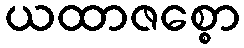
ယထာဇစ္စော